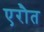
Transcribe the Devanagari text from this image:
एरौत